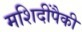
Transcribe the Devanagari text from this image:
मशिदींपैकी